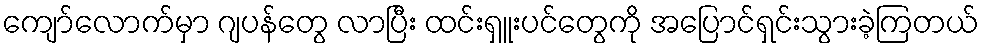
ကျော်လောက်မှာ ဂျပန်တွေ လာပြီး ထင်းရှူးပင်တွေကို အပြောင်ရှင်းသွားခဲ့ကြတယ်